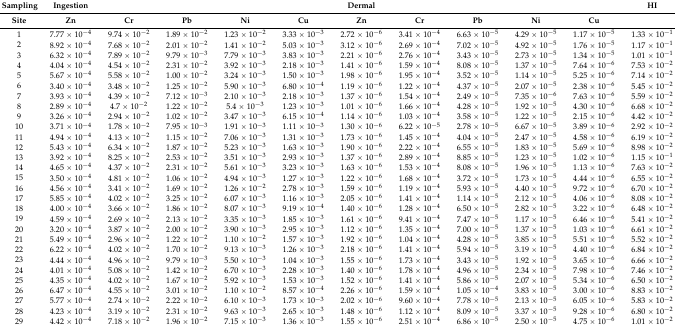
<table><thead><tr><td><b>Sampling</b></td><td><b>Ingestion</b></td><td></td><td></td><td></td><td></td><td><b>Dermal</b></td><td></td><td></td><td></td><td></td><td><b>HI</b></td></tr><tr><td><b>Site</b></td><td><b>Zn</b></td><td><b>Cr</b></td><td><b>Pb</b></td><td><b>Ni</b></td><td><b>Cu</b></td><td><b>Zn</b></td><td><b>Cr</b></td><td><b>Pb</b></td><td><b>Ni</b></td><td><b>Cu</b></td><td></td></tr></thead><tbody><tr><td>1</td><td>7.77 × 10<sup>−4</sup></td><td>9.74 × 10<sup>−2</sup></td><td>1.89 × 10<sup>−2</sup></td><td>1.23 × 10<sup>−2</sup></td><td>3.33 × 10<sup>−3</sup></td><td>2.72 × 10<sup>−6</sup></td><td>3.41 × 10<sup>−4</sup></td><td>6.63 × 10<sup>−5</sup></td><td>4.29 × 10<sup>−5</sup></td><td>1.17 × 10<sup>−5</sup></td><td>1.33 × 10<sup>−1</sup></td></tr><tr><td>2</td><td>8.92 × 10<sup>−4</sup></td><td>7.68 × 10<sup>−2</sup></td><td>2.01 × 10<sup>−2</sup></td><td>1.41 × 10<sup>−2</sup></td><td>5.03 × 10<sup>−3</sup></td><td>3.12 × 10<sup>−6</sup></td><td>2.69 × 10<sup>−4</sup></td><td>7.02 × 10<sup>−5</sup></td><td>4.92 × 10<sup>−5</sup></td><td>1.76 × 10<sup>−5</sup></td><td>1.17 × 10<sup>−1</sup></td></tr><tr><td>3</td><td>6.32 × 10<sup>−4</sup></td><td>7.89 × 10<sup>−2</sup></td><td>9.79 × 10<sup>−3</sup></td><td>7.79 × 10<sup>−3</sup></td><td>3.83 × 10<sup>−3</sup></td><td>2.21 × 10<sup>−6</sup></td><td>2.76 × 10<sup>−4</sup></td><td>3.43 × 10<sup>−5</sup></td><td>2.73 × 10<sup>−5</sup></td><td>1.34 × 10<sup>−5</sup></td><td>1.01 × 10<sup>−1</sup></td></tr><tr><td>4</td><td>4.04 × 10<sup>−4</sup></td><td>4.54 × 10<sup>−2</sup></td><td>2.31 × 10<sup>−2</sup></td><td>3.92 × 10<sup>−3</sup></td><td>2.18 × 10<sup>−3</sup></td><td>1.41 × 10<sup>−6</sup></td><td>1.59 × 10<sup>−4</sup></td><td>8.08 × 10<sup>−5</sup></td><td>1.37 × 10<sup>−5</sup></td><td>7.64 × 10<sup>−6</sup></td><td>7.53 × 10<sup>−2</sup></td></tr><tr><td>5</td><td>5.67 × 10<sup>−4</sup></td><td>5.58 × 10<sup>−2</sup></td><td>1.00 × 10<sup>−2</sup></td><td>3.24 × 10<sup>−3</sup></td><td>1.50 × 10<sup>−3</sup></td><td>1.98 × 10<sup>−6</sup></td><td>1.95 × 10<sup>−4</sup></td><td>3.52 × 10<sup>−5</sup></td><td>1.14 × 10<sup>−5</sup></td><td>5.25 × 10<sup>−6</sup></td><td>7.14 × 10<sup>−2</sup></td></tr><tr><td>6</td><td>3.40 × 10<sup>−4</sup></td><td>3.48 × 10<sup>−2</sup></td><td>1.25 × 10<sup>−2</sup></td><td>5.90 × 10<sup>−3</sup></td><td>6.80 × 10<sup>−4</sup></td><td>1.19 × 10<sup>−6</sup></td><td>1.22 × 10<sup>−4</sup></td><td>4.37 × 10<sup>−5</sup></td><td>2.07 × 10<sup>−5</sup></td><td>2.38 × 10<sup>−6</sup></td><td>5.45 × 10<sup>−2</sup></td></tr><tr><td>7</td><td>3.93 × 10<sup>−4</sup></td><td>4.39 × 10<sup>−2</sup></td><td>7.12 × 10<sup>−3</sup></td><td>2.10 × 10<sup>−3</sup></td><td>2.18 × 10<sup>−3</sup></td><td>1.37 × 10<sup>−6</sup></td><td>1.54 × 10<sup>−4</sup></td><td>2.49 × 10<sup>−5</sup></td><td>7.35 × 10<sup>−6</sup></td><td>7.63 × 10<sup>−6</sup></td><td>5.59 × 10<sup>−2</sup></td></tr><tr><td>8</td><td>2.89 × 10<sup>−4</sup></td><td>4.7 × 10<sup>−2</sup></td><td>1.22 × 10<sup>−2</sup></td><td>5.4 × 10<sup>−3</sup></td><td>1.23 × 10<sup>−3</sup></td><td>1.01 × 10<sup>−6</sup></td><td>1.66 × 10<sup>−4</sup></td><td>4.28 × 10<sup>−5</sup></td><td>1.92 × 10<sup>−5</sup></td><td>4.30 × 10<sup>−6</sup></td><td>6.68 × 10<sup>−2</sup></td></tr><tr><td>9</td><td>3.26 × 10<sup>−4</sup></td><td>2.94 × 10<sup>−2</sup></td><td>1.02 × 10<sup>−2</sup></td><td>3.47 × 10<sup>−3</sup></td><td>6.15 × 10<sup>−4</sup></td><td>1.14 × 10<sup>−6</sup></td><td>1.03 × 10<sup>−4</sup></td><td>3.58 × 10<sup>−5</sup></td><td>1.22 × 10<sup>−5</sup></td><td>2.15 × 10<sup>−6</sup></td><td>4.42 × 10<sup>−2</sup></td></tr><tr><td>10</td><td>3.71 × 10<sup>−4</sup></td><td>1.78 × 10<sup>−2</sup></td><td>7.95 × 10<sup>−3</sup></td><td>1.91 × 10<sup>−3</sup></td><td>1.11 × 10<sup>−3</sup></td><td>1.30 × 10<sup>−6</sup></td><td>6.22 × 10<sup>−5</sup></td><td>2.78 × 10<sup>−5</sup></td><td>6.67 × 10<sup>−5</sup></td><td>3.89 × 10<sup>−6</sup></td><td>2.92 × 10<sup>−2</sup></td></tr><tr><td>11</td><td>4.94 × 10<sup>−4</sup></td><td>4.13 × 10<sup>−2</sup></td><td>1.15 × 10<sup>−2</sup></td><td>7.06 × 10<sup>−3</sup></td><td>1.31 × 10<sup>−3</sup></td><td>1.73 × 10<sup>−6</sup></td><td>1.45 × 10<sup>−4</sup></td><td>4.04 × 10<sup>−5</sup></td><td>2.47 × 10<sup>−5</sup></td><td>4.58 × 10<sup>−6</sup></td><td>6.19 × 10<sup>−2</sup></td></tr><tr><td>12</td><td>5.43 × 10<sup>−4</sup></td><td>6.34 × 10<sup>−2</sup></td><td>1.87 × 10<sup>−2</sup></td><td>5.23 × 10<sup>−3</sup></td><td>1.63 × 10<sup>−3</sup></td><td>1.90 × 10<sup>−6</sup></td><td>2.22 × 10<sup>−4</sup></td><td>6.55 × 10<sup>−5</sup></td><td>1.83 × 10<sup>−5</sup></td><td>5.69 × 10<sup>−6</sup></td><td>8.98 × 10<sup>−2</sup></td></tr><tr><td>13</td><td>3.92 × 10<sup>−4</sup></td><td>8.25 × 10<sup>−2</sup></td><td>2.53 × 10<sup>−2</sup></td><td>3.51 × 10<sup>−3</sup></td><td>2.93 × 10<sup>−3</sup></td><td>1.37 × 10<sup>−6</sup></td><td>2.89 × 10<sup>−4</sup></td><td>8.85 × 10<sup>−5</sup></td><td>1.23 × 10<sup>−5</sup></td><td>1.02 × 10<sup>−6</sup></td><td>1.15 × 10<sup>−1</sup></td></tr><tr><td>14</td><td>4.65 × 10<sup>−4</sup></td><td>4.37 × 10<sup>−2</sup></td><td>2.31 × 10<sup>−2</sup></td><td>5.61 × 10<sup>−3</sup></td><td>3.23 × 10<sup>−3</sup></td><td>1.63 × 10<sup>−6</sup></td><td>1.53 × 10<sup>−4</sup></td><td>8.08 × 10<sup>−5</sup></td><td>1.96 × 10<sup>−5</sup></td><td>1.13 × 10<sup>−6</sup></td><td>7.63 × 10<sup>−2</sup></td></tr><tr><td>15</td><td>3.50 × 10<sup>−4</sup></td><td>4.81 × 10<sup>−2</sup></td><td>1.06 × 10<sup>−2</sup></td><td>4.94 × 10<sup>−3</sup></td><td>1.27 × 10<sup>−3</sup></td><td>1.22 × 10<sup>−6</sup></td><td>1.68 × 10<sup>−4</sup></td><td>3.72 × 10<sup>−5</sup></td><td>1.73 × 10<sup>−5</sup></td><td>4.44 × 10<sup>−6</sup></td><td>6.55 × 10<sup>−2</sup></td></tr><tr><td>16</td><td>4.56 × 10<sup>−4</sup></td><td>3.41 × 10<sup>−2</sup></td><td>1.69 × 10<sup>−2</sup></td><td>1.26 × 10<sup>−2</sup></td><td>2.78 × 10<sup>−3</sup></td><td>1.59 × 10<sup>−6</sup></td><td>1.19 × 10<sup>−4</sup></td><td>5.93 × 10<sup>−5</sup></td><td>4.40 × 10<sup>−5</sup></td><td>9.72 × 10<sup>−6</sup></td><td>6.70 × 10<sup>−2</sup></td></tr><tr><td>17</td><td>5.85 × 10<sup>−4</sup></td><td>4.02 × 10<sup>−2</sup></td><td>3.25 × 10<sup>−2</sup></td><td>6.07 × 10<sup>−3</sup></td><td>1.16 × 10<sup>−3</sup></td><td>2.05 × 10<sup>−6</sup></td><td>1.41 × 10<sup>−4</sup></td><td>1.14 × 10<sup>−5</sup></td><td>2.12 × 10<sup>−5</sup></td><td>4.06 × 10<sup>−6</sup></td><td>8.08 × 10<sup>−2</sup></td></tr><tr><td>18</td><td>4.00 × 10<sup>−4</sup></td><td>3.66 × 10<sup>−2</sup></td><td>1.86 × 10<sup>−2</sup></td><td>8.07 × 10<sup>−3</sup></td><td>9.19 × 10<sup>−4</sup></td><td>1.40 × 10<sup>−6</sup></td><td>1.28 × 10<sup>−4</sup></td><td>6.50 × 10<sup>−5</sup></td><td>2.82 × 10<sup>−5</sup></td><td>3.22 × 10<sup>−6</sup></td><td>6.48 × 10<sup>−2</sup></td></tr><tr><td>19</td><td>4.59 × 10<sup>−4</sup></td><td>2.69 × 10<sup>−2</sup></td><td>2.13 × 10<sup>−2</sup></td><td>3.35 × 10<sup>−3</sup></td><td>1.85 × 10<sup>−3</sup></td><td>1.61 × 10<sup>−6</sup></td><td>9.41 × 10<sup>−4</sup></td><td>7.47 × 10<sup>−5</sup></td><td>1.17 × 10<sup>−5</sup></td><td>6.46 × 10<sup>−6</sup></td><td>5.41 × 10<sup>−2</sup></td></tr><tr><td>20</td><td>3.20 × 10<sup>−4</sup></td><td>3.87 × 10<sup>−2</sup></td><td>2.00 × 10<sup>−2</sup></td><td>3.90 × 10<sup>−3</sup></td><td>2.95 × 10<sup>−3</sup></td><td>1.12 × 10<sup>−6</sup></td><td>1.35 × 10<sup>−4</sup></td><td>7.00 × 10<sup>−5</sup></td><td>1.37 × 10<sup>−5</sup></td><td>1.03 × 10<sup>−6</sup></td><td>6.61 × 10<sup>−2</sup></td></tr><tr><td>21</td><td>5.49 × 10<sup>−4</sup></td><td>2.96 × 10<sup>−2</sup></td><td>1.22 × 10<sup>−2</sup></td><td>1.10 × 10<sup>−2</sup></td><td>1.57 × 10<sup>−3</sup></td><td>1.92 × 10<sup>−6</sup></td><td>1.04 × 10<sup>−4</sup></td><td>4.28 × 10<sup>−5</sup></td><td>3.85 × 10<sup>−5</sup></td><td>5.51 × 10<sup>−6</sup></td><td>5.52 × 10<sup>−2</sup></td></tr><tr><td>22</td><td>6.22 × 10<sup>−4</sup></td><td>4.02 × 10<sup>−2</sup></td><td>1.70 × 10<sup>−2</sup></td><td>9.13 × 10<sup>−3</sup></td><td>1.26 × 10<sup>−3</sup></td><td>2.18 × 10<sup>−6</sup></td><td>1.41 × 10<sup>−4</sup></td><td>5.94 × 10<sup>−5</sup></td><td>3.19 × 10<sup>−5</sup></td><td>4.40 × 10<sup>−6</sup></td><td>6.84 × 10<sup>−2</sup></td></tr><tr><td>23</td><td>4.44 × 10<sup>−4</sup></td><td>4.96 × 10<sup>−2</sup></td><td>9.79 × 10<sup>−3</sup></td><td>5.50 × 10<sup>−3</sup></td><td>1.04 × 10<sup>−3</sup></td><td>1.55 × 10<sup>−6</sup></td><td>1.73 × 10<sup>−4</sup></td><td>3.43 × 10<sup>−5</sup></td><td>1.92 × 10<sup>−5</sup></td><td>3.65 × 10<sup>−6</sup></td><td>6.66 × 10<sup>−2</sup></td></tr><tr><td>24</td><td>4.01 × 10<sup>−4</sup></td><td>5.08 × 10<sup>−2</sup></td><td>1.42 × 10<sup>−2</sup></td><td>6.70 × 10<sup>−3</sup></td><td>2.28 × 10<sup>−3</sup></td><td>1.40 × 10<sup>−6</sup></td><td>1.78 × 10<sup>−4</sup></td><td>4.96 × 10<sup>−5</sup></td><td>2.34 × 10<sup>−5</sup></td><td>7.98 × 10<sup>−6</sup></td><td>7.46 × 10<sup>−2</sup></td></tr><tr><td>25</td><td>4.35 × 10<sup>−4</sup></td><td>4.02 × 10<sup>−2</sup></td><td>1.67 × 10<sup>−2</sup></td><td>5.92 × 10<sup>−3</sup></td><td>1.53 × 10<sup>−3</sup></td><td>1.52 × 10<sup>−6</sup></td><td>1.41 × 10<sup>−4</sup></td><td>5.86 × 10<sup>−5</sup></td><td>2.07 × 10<sup>−5</sup></td><td>5.34 × 10<sup>−6</sup></td><td>6.50 × 10<sup>−2</sup></td></tr><tr><td>26</td><td>6.47 × 10<sup>−4</sup></td><td>4.55 × 10<sup>−2</sup></td><td>3.01 × 10<sup>−2</sup></td><td>1.10 × 10<sup>−2</sup></td><td>8.57 × 10<sup>−4</sup></td><td>2.26 × 10<sup>−6</sup></td><td>1.59 × 10<sup>−4</sup></td><td>1.05 × 10<sup>−4</sup></td><td>3.83 × 10<sup>−5</sup></td><td>3.00 × 10<sup>−6</sup></td><td>8.83 × 10<sup>−2</sup></td></tr><tr><td>27</td><td>5.77 × 10<sup>−4</sup></td><td>2.74 × 10<sup>−2</sup></td><td>2.22 × 10<sup>−2</sup></td><td>6.10 × 10<sup>−3</sup></td><td>1.73 × 10<sup>−3</sup></td><td>2.02 × 10<sup>−6</sup></td><td>9.60 × 10<sup>−4</sup></td><td>7.78 × 10<sup>−5</sup></td><td>2.13 × 10<sup>−5</sup></td><td>6.05 × 10<sup>−6</sup></td><td>5.83 × 10<sup>−2</sup></td></tr><tr><td>28</td><td>4.23 × 10<sup>−4</sup></td><td>3.19 × 10<sup>−2</sup></td><td>2.31 × 10<sup>−2</sup></td><td>9.63 × 10<sup>−3</sup></td><td>2.65 × 10<sup>−3</sup></td><td>1.48 × 10<sup>−6</sup></td><td>1.12 × 10<sup>−4</sup></td><td>8.09 × 10<sup>−5</sup></td><td>3.37 × 10<sup>−5</sup></td><td>9.28 × 10<sup>−6</sup></td><td>6.80 × 10<sup>−2</sup></td></tr><tr><td>29</td><td>4.42 × 10<sup>−4</sup></td><td>7.18 × 10<sup>−2</sup></td><td>1.96 × 10<sup>−2</sup></td><td>7.15 × 10<sup>−3</sup></td><td>1.36 × 10<sup>−3</sup></td><td>1.55 × 10<sup>−6</sup></td><td>2.51 × 10<sup>−4</sup></td><td>6.86 × 10<sup>−5</sup></td><td>2.50 × 10<sup>−5</sup></td><td>4.75 × 10<sup>−6</sup></td><td>1.01 × 10<sup>−2</sup></td></tr></tbody></table>